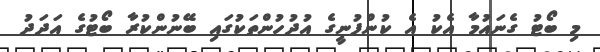
މި ބޯޓު ގެނައުމާ އެކު އެ ކުންފުނީގެ އުދުހުންތަކުގައި ބޭނުންކުރާ ބޯޓުގެ އަދަދު